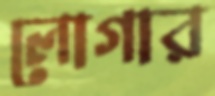
লোগার